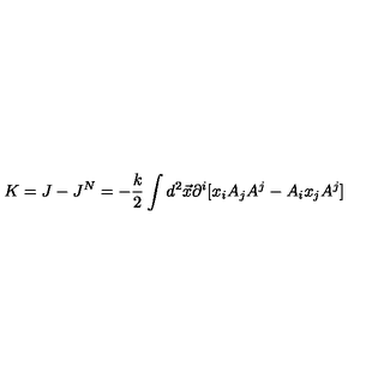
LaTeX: K = J - J ^ { N } = - \frac { k } { 2 } \int d ^ { 2 } \vec { x } \partial ^ { i } [ x _ { i } A _ { j } A ^ { j } - A _ { i } x _ { j } A ^ { j } ]